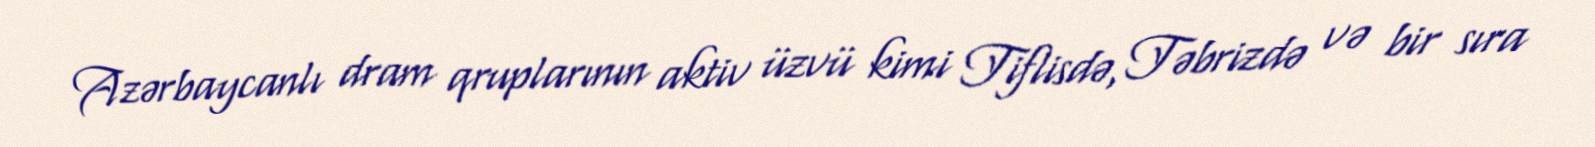
Azərbaycanlı dram qruplarının aktiv üzvü kimi Tiflisdə, Təbrizdə və bir sıra